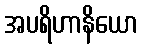
အပရိဟာနိယော